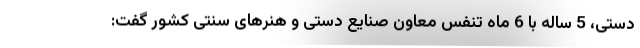
دستی، 5 ساله با 6 ماه تنفس معاون صنایع دستی و هنرهای سنتی کشور گفت: